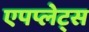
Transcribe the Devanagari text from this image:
एपप्लेट्स